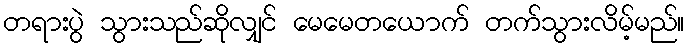
တရားပွဲ သွားသည်ဆိုလျှင် မေမေတယောက် တက်သွားလိမ့်မည်။